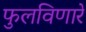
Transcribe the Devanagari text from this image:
फुलविणारे